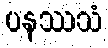
ပနဿသံ